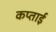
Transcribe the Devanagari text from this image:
कप्ताई